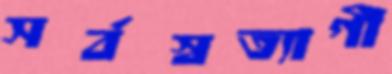
সর্বস্বত্যাগী